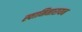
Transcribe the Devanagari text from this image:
स्वामिनारायन